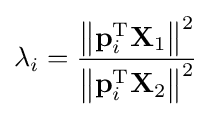
\mathbf {\lambda } _{i}={\frac {\left\|\mathbf {p} _{i}^{\text{T}}\mathbf {X} _{1}\right\|^{2}}{\left\|\mathbf {p} _{i}^{\text{T}}\mathbf {X} _{2}\right\|^{2}}}